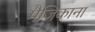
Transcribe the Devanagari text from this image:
मैजिकाना